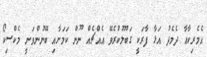
އެމެރިކާއާ ދެމެދު އަޅާ ފާރަކީ ގަބޫލުކުރެވޭ އެއްޗެއް ނޫން ކަމަށާއި ބޭނުންވަނީ މެކްސިކޯ